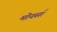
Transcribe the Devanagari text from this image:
मोयसाँ